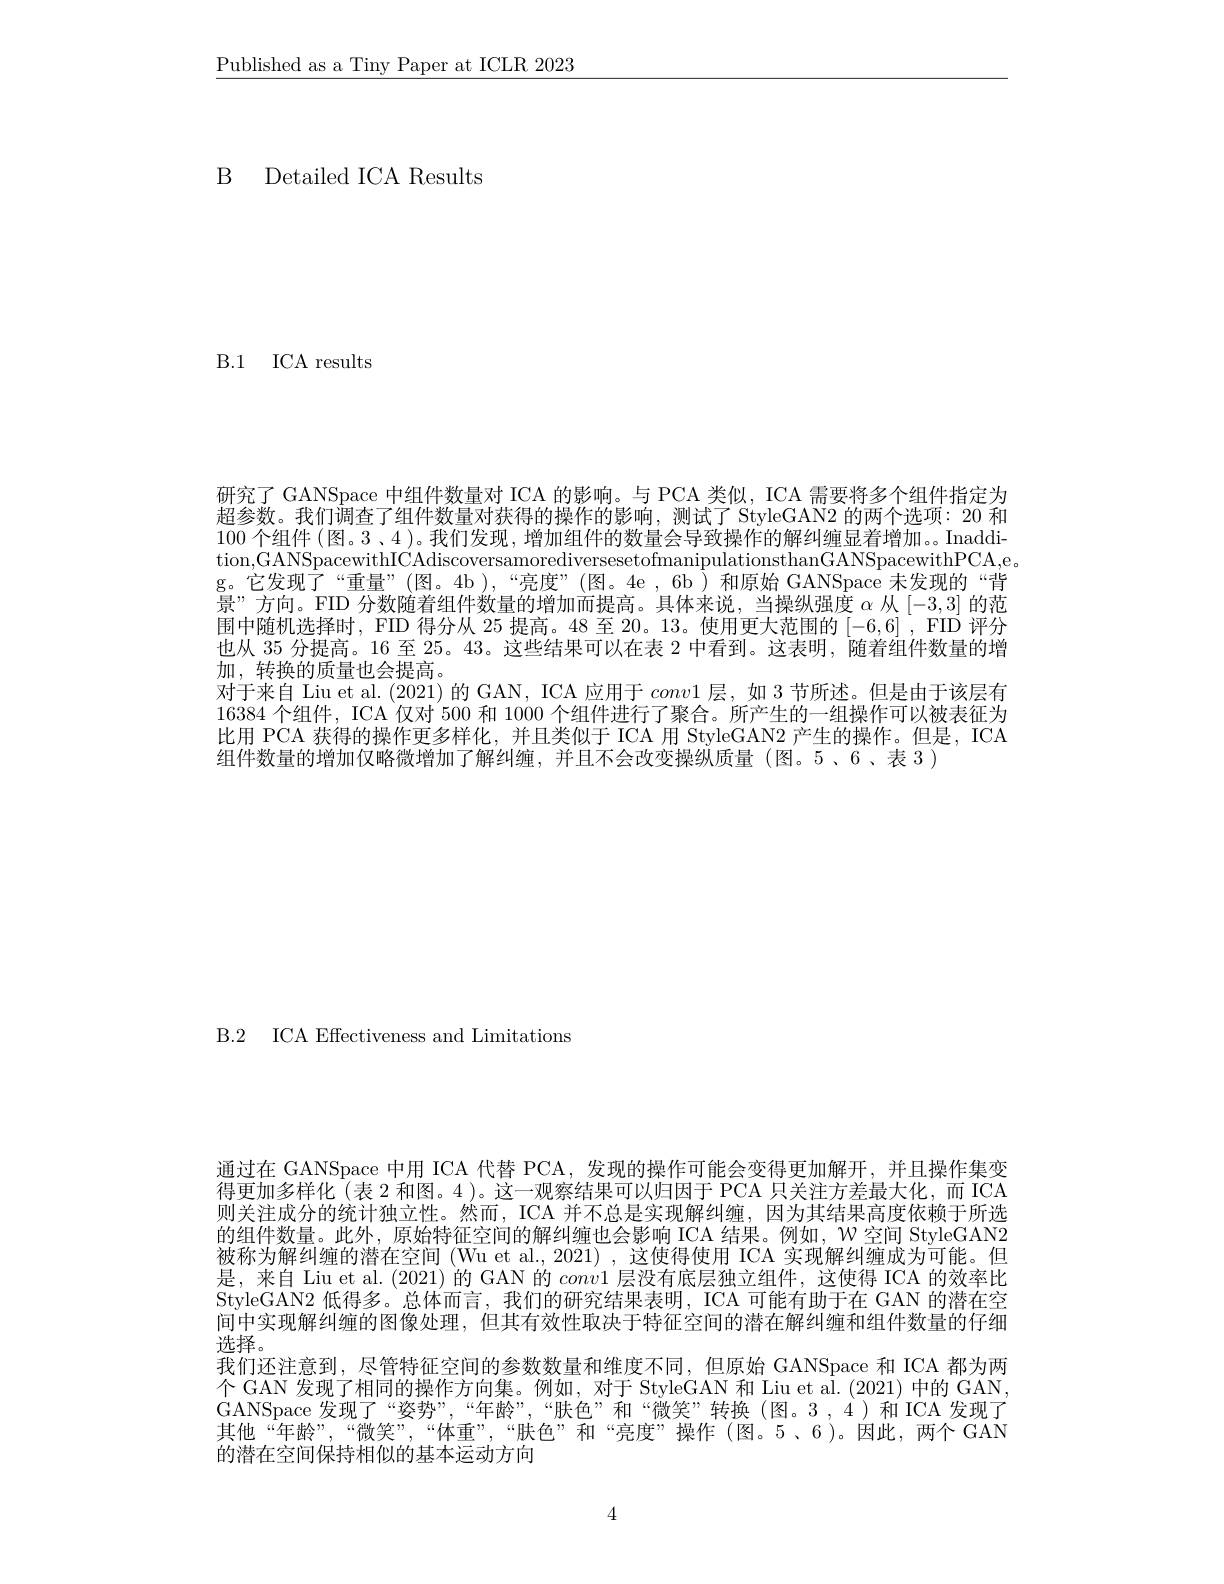
$\underline{\text{Published as a Tiny Paper at ICLR 2023}}$

B Detailed ICA Results

B.1 ICA results

研究了 GANSpace 中组件数量对 ICA 的影响。与 PCA 类似，ICA 需要将多个组件指定为超参数。我们调查了组件数量对获得的操作的影响，测试了 StyleGAN2 的两个选项：20 和100个组件 (图。3 、4 )。我们发现 , 增加组件的数量会导致操作的解纠缠显着增加。。Inaddition,GANSpacewithICAdiscoversamorediversesetofmanipulationsthanGANSpacewithPCA,e。g。它发现了“重量”(图。4b),“亮度”(图。4e,6b)和原始GANSpace 未发现的“背景”方向。FID 分数随着组件数量的增加而提高。具体来说，当操纵强度$\alpha$从[-3,3]的范围中随机选择时，FID 得分从 25 提高。48 至 20。13。使用更大范围的[-6,6] , FID 评分也从 35 分提高。16 至 25。43。这些结果可以在表 2 中看到。这表明，随着组件数量的增加，转换的质量也会提高。
对于来自 Liu et al. (2021) 的 GAN, ICA 应用于conv1层，如 3 节所述。但是由于该层有16384 个组件，ICA 仅对 500 和 1000 个组件进行了聚合。所产生的一组操作可以被表征为比用 PCA 获得的操作更多样化，并且类似于 ICA 用 StyleGAN2 产生的操作。但是，ICA 组件数量的增加仅略微增加了解纠缠，并且不会改变操纵质量(图。5、6、表 3)

B.2 ICA Effectiveness and Limitations

通过在 GANSpace 中用 ICA 代替 PCA, 发现的操作可能会变得更加解开，并且操作集变得更加多样化 (表 2 和图。4 )。这一观察结果可以归因于 PCA 只关注方差最大化，而 ICA 则关注成分的统计独立性。然而，ICA 并不总是实现解纠缠，因为其结果高度依赖于所选的组件数量。此外，原始特征空间的解纠缠也会影响 ICA 结果。例如，$\mathcal{W}$空间 StyleGAN2被称为解纠缠的潜在空间 (Wu et al., 2021) , 这使得使用 ICA 实现解纠缠成为可能。但是，来自 Liu et al. (2021) 的 GAN 的$conv1$层没有底层独立组件，这使得 ICA 的效率比StyleGAN2 低得多。总体而言，我们的研究结果表明，ICA 可能有助于在 GAN 的潜在空间中实现解纠缠的图像处理，但其有效性取决于特征空间的潜在解纠缠和组件数量的仔细选择。
我们还注意到，尽管特征空间的参数数量和维度不同，但原始 GANSpace 和 ICA 都为两个 GAN 发现了相同的操作方向集。例如，对于 StyleGAN 和 Liu et al.(2021) 中的 GAN, GANSpace 发现了“姿势”,““年龄”,“肤色”和“微笑”转换(图。3,4)和ICA发现了其他“年龄”,“微笑”,“体重”,“肤色”和“亮度”操作(图。5、6)。因此，两个GAN 的潜在空间保持相似的基本运动方向

4